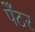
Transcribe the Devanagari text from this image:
पेँटर